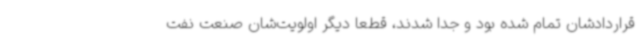
قراردادشان تمام شده بود و جدا شدند، قطعا دیگر اولویت‌شان صنعت نفت